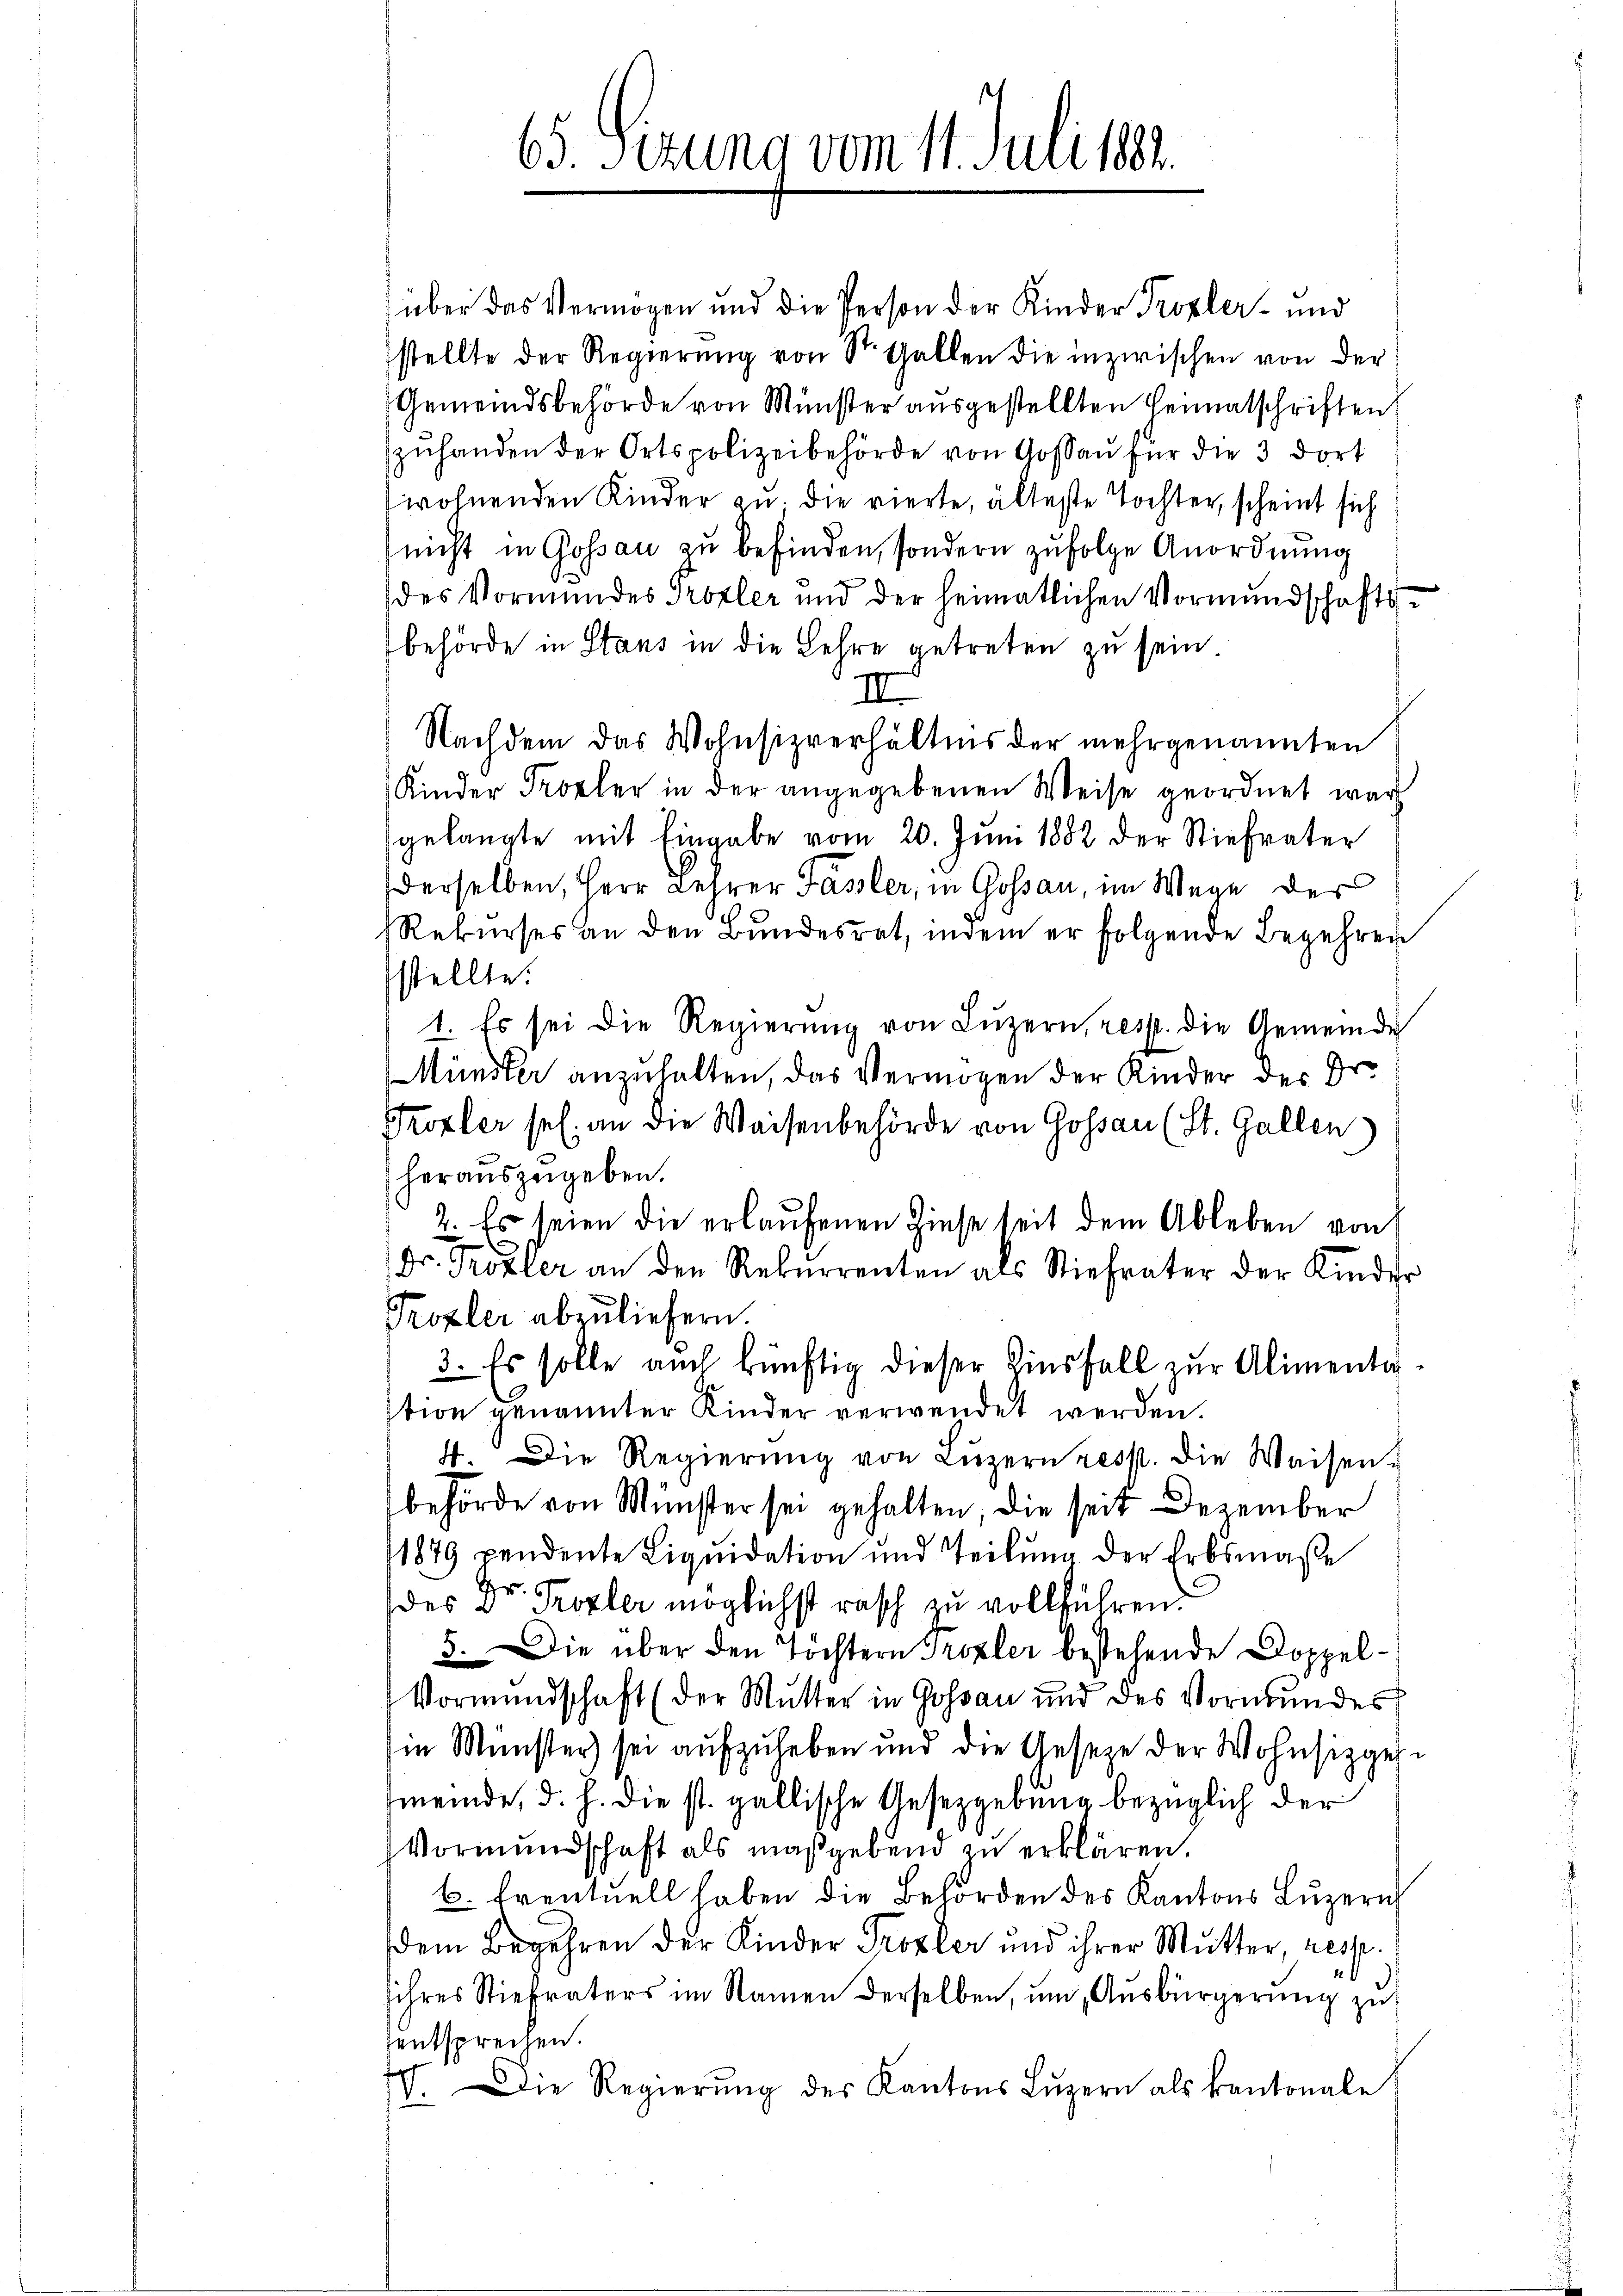
65 Sizung vom 11. Juli 1881.

über das Vermögen und die Person der Kinder Probler- und
stellte der Regierŭng von St. Gallen die inzwischen von der
Gemeindsbehörde von Münster ausgestellten Heimatschriften
zŭhanden der Ortspolizeibehörde von Gossaŭ für die 3 dort
wohnenden Kinder zu. Die vierte, älteste Tochter, scheint sich
nicht in Gossau zu befinden, sondern zufolge Anordnung
des Vormundes Prozler und der heimatlichen Vormundschaftsbehörde in Staus in die Lehre getreten zu sein
III
Nachdem das Wohnsizverhältnis der mehrgenannten
Kinder Probler in der angegebenen Weise geordnet war
gelangte mit Eingabe vom 20. Juni 1882 der Stiefvater
derselben, Herr Lehrer Fässler, in Gossau, im Wege der
Rekurses an den Bundesrat, indem er folgende Begehren
stellte.
1. Es sei die Regierŭng von Lŭzern, resp. die Gemeinde
Münster anzuhalten, das Vermögen der Kinder der Dr.
Proxler sel. an die Waisenbehörde von Gossau (St. Gallen
herauszugeben.
2. Es seien die erlaufenen Zinse seit dem Ableben von
Dr. Prozler an den Rekurrenten als Stiefvater der Kinder
Trozler abzuliefern.
3. Es solle auch künftig dieser Zinsfall zur Alimentar-
stion genannter Kinder verwendet werden.
4. Die Regierŭng von Lŭzern resp. die Weisen-
behörde von Münster sei gehalten, die seit Dezember
1879 pendente Liquidation und Teilung der Erbsmaße
des Dr. Prozler möglichst rasch zu vollführen.
5. Die über den Töchtern Trozler bestehende Doppel¬
Vormundschaft (der Mutter in Gossau und des Vormundes
Im Münster) sei aufzuheben und die Gesetze der Wohnsizgese
meinde, d. h. die st. gallische Gesetzgebung bezüglich der
Vormundschaft als maßgebend zu erklären.
6. Eventuell haben die Behörden des Kantons Luzern
dem Begehren der Kinder Trozler und ihrer Mutter, resp.
sihres Stiefvaters im Namen derselben, um Ausbürgerung zu
entsprechen.
7. Die Regierŭng des Kantons Lŭzern als kantonale